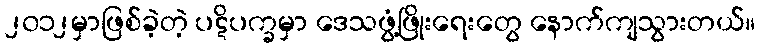
၂၀၁၂မှာဖြစ်ခဲ့တဲ့ ပဋိပက္ခမှာ ဒေသဖွံ့ဖြိုးရေးတွေ နောက်ကျသွားတယ်။